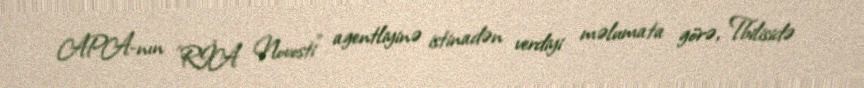
APA-nın "RİA Novosti" agentliyinə istinadən verdiyi məlumata görə, Tbilisidə